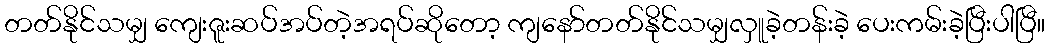
တတ်နိုင်သမျှ ကျေးဇူးဆပ်အပ်တဲ့အရပ်ဆိုတော့ ကျနော်တတ်နိုင်သမျှလှူခဲ့တန်းခဲ့ ပေးကမ်းခဲ့ပြီးပါပြီ။